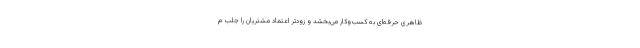
ظاهری حرفه‌ای به کسب‌وکار می‌بخشد و زودتر اعتماد مشتریان را جلب م